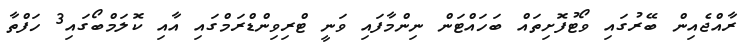
ރާއްޖެއިން ބޭރުގައި ވޯޓުފޮށިތައް ބަހައްޓަން ނިންމާފައި ވަނީ ޓްރިވިންޑްރަމްގައި އާއި ކޮލަމްބޯގައި3 ހަފްތާ